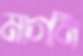
মাগনি